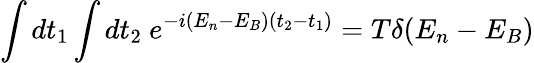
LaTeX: \int dt_{1}\int dt_{2}~e^{-i(E_{n}-E_{B})(t_{2}-t_{1})}=T\delta(E_{n}-E_{B})